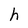
Character: h